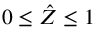
0 \leq \hat { Z } \leq 1